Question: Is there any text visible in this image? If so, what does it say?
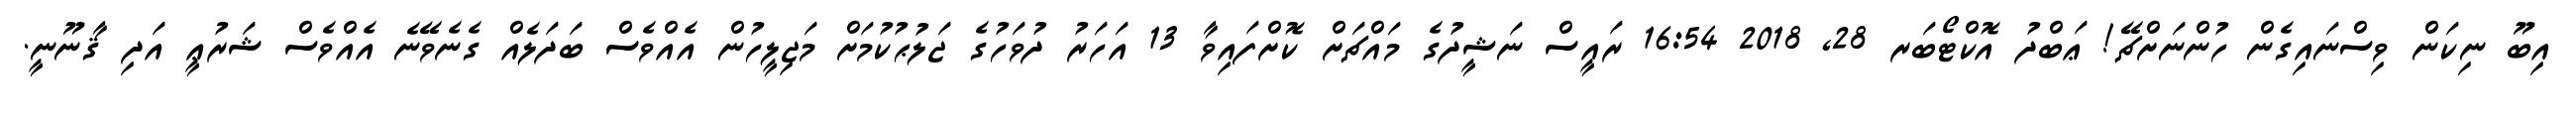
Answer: އިބޫ ނިކަން ވިސްނައިގެން ހުންނަށްޗޭ! ޢަބްދު އޮކްޓޯބަރ 28, 2018 16:54 ރައީސް ނަޝީދުގެ މައްޗަށް ކޮށްފައިވާ 13 އަހަރު ދުވަހުގެ ޖަލުޙުކުމަށް މަޖިލީހުން އެއްވެސް ބަދަލެއް ގެނެވޭނެ އެއްވެސް ޝަރުޢީ އަދި ޤާނޫނީ.